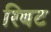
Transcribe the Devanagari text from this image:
रिबट